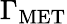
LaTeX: \Gamma_{\mathrm{MET}}